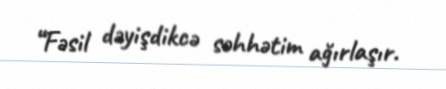
“Fəsil dəyişdikcə səhhətim ağırlaşır.